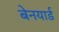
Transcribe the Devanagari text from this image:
बेनयार्ड